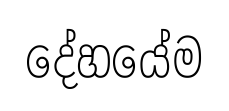
දේහයේම